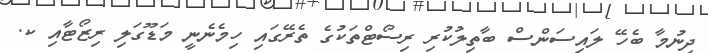
ދިނުމާ ބެހޭ ލައިސަންސް ބާތިލުކުރި ރިސޯޓްތަކުގެ ތެރޭގައި ހިމެނެނީ މަޑޫގަލި ރިޒޯޓާއި ކ.